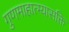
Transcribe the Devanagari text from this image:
गुणमाहात्म्यासक्ति